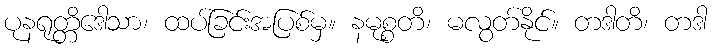
ပုနရုတ္တိဒေါသာ၊ ထပ်ခြင်းအပြစ်မှ။ နမုစ္စတိ၊ မလွတ်နိုင်။ တဒါတိ၊ တဒါ